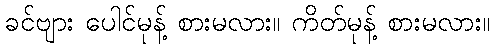
ခင်ဗျား ပေါင်မုန့် စားမလား။ ကိတ်မုန့် စားမလား။